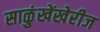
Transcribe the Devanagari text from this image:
साळुंखेंखेरीज